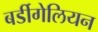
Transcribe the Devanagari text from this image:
बर्डीगेलियन